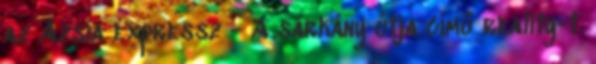
az Ázsia expressz - A sárkány útja című reality-t.